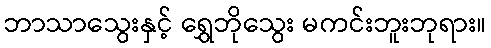
ဘာသာသွေးနှင့် ရွှေဘိုသွေး မကင်းဘူးဘုရား။